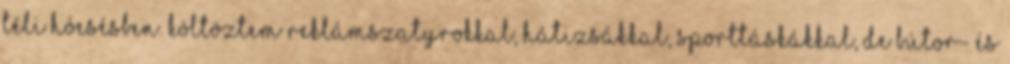
téli hóesésben. Költöztem reklámszatyrokkal, hátizsákkal, sporttáskákkal, de bútor- és